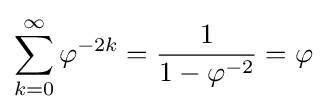
\sum _{k=0}^{\infty }\varphi ^{-2k}={\frac {1}{1-\varphi ^{-2}}}=\varphi